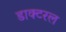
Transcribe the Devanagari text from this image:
डाक्टरल